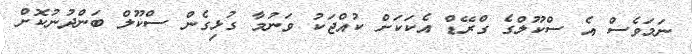
ނަމަވެސް އެ ސްކޫލްގެ ގްރޭޑް އެކަކަށް ކުއްޖަކު ވަނުމާ ގުޅިގެން ސްކޫލް ބަންދުނުކޮށް